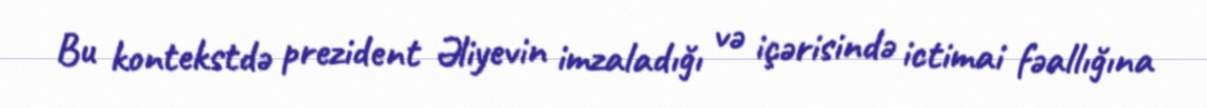
Bu kontekstdə prezident Əliyevin imzaladığı və içərisində ictimai fəallığına